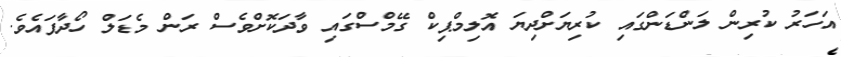
އަހަރު ކުރިން ލަންޑަންގައި ކުރިޔަށްދިޔަ އޮލިމްޕިކް ގޭމްސްގައި ވާދަކޮށްވެސް ރަން މެޑަލް ހޯދާފައެވެ.